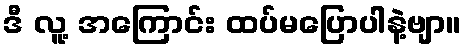
ဒီ လူ့ အကြောင်း ထပ်မပြောပါနဲ့ဗျာ။